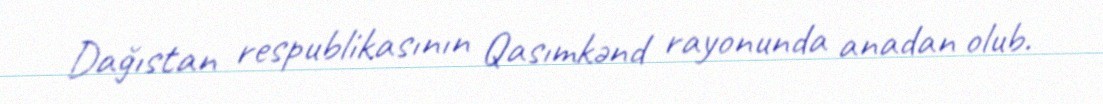
Dağıstan respublikasının Qasımkənd rayonunda anadan olub.